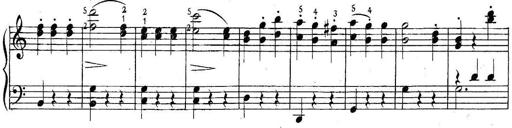
Title: 6 Easy Sonatinas
Composer: Carl Czerny